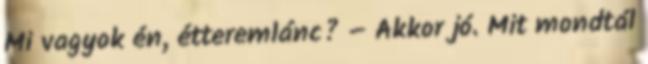
Mi vagyok én, étteremlánc? – Akkor jó. Mit mondtál